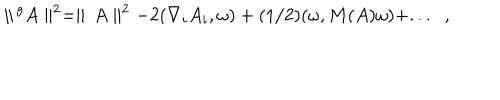
LaTeX: \parallel \, ^ { g } A \parallel ^ { 2 } = \parallel \, A \parallel ^ { 2 } - 2 ( \nabla _ { i } A _ { i } , \omega ) + ( 1 / 2 ) ( \omega , M ( A ) \omega ) + . . . \; \; ,